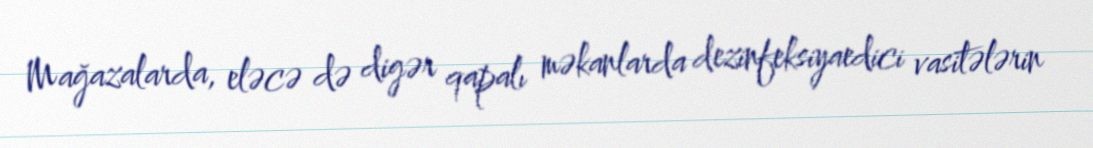
Mağazalarda, eləcə də digər qapalı məkanlarda dezinfeksiyaedici vasitələrin